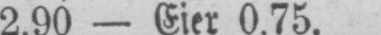
2.90 - Eier 0.75.